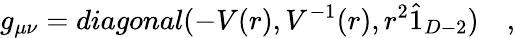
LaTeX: g_{\mu\nu}=diagonal(-V(r),V^{-1}(r),r^{2}\hat{1}_{D-2})\quad,